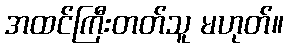
အထင်ကြီးတတ်သူ မဟုတ်။